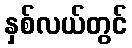
နှစ်လယ်တွင်